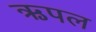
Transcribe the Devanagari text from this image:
ऋपल